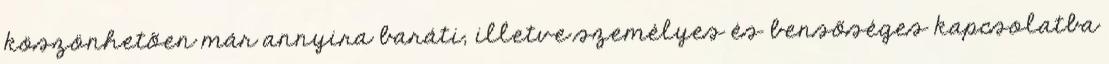
köszönhetõen már annyira baráti, illetve személyes és bensõséges kapcsolatba